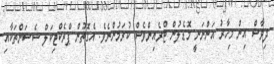
ދިވާސް އިން މިހާރު އަންނަނީ މޮޑެލުން ޓްރެއިންވެސް ކުރަމުންނެވެ. އެގޮތުން ޕްރެކްޓިކަލް ސެޝަންތަކާއި